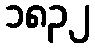
၁၈၃၂